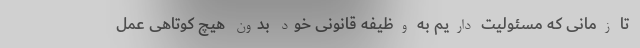
تا زمانی که مسئولیت داریم به وظیفه قانونی خود بدون هیچ کوتاهی عمل